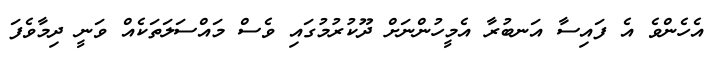
އެހެންވެ އެ ފައިސާ އަނބުރާ އެމީހުންނަށް ދޫކުރުމުގައި ވެސް މައްސަލަތަކެއް ވަނީ ދިމާވެފަ